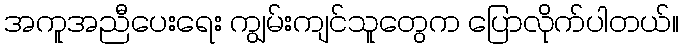
အကူအညီပေးရေး ကျွမ်းကျင်သူတွေက ပြောလိုက်ပါတယ်။